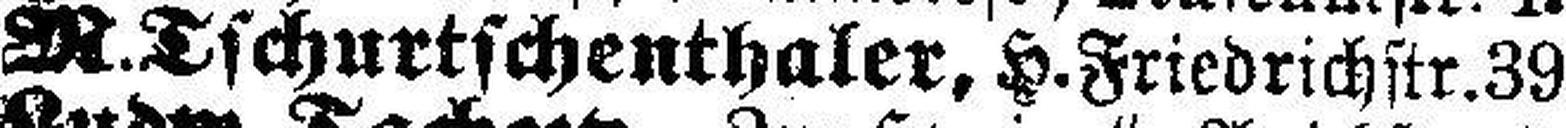
M.Tschurtschenthaler, H.Friedrichstr.39